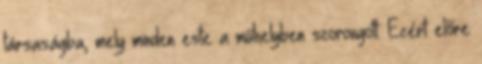
társaságba, mely minden este a műhelyben szorongott. Ezért előre